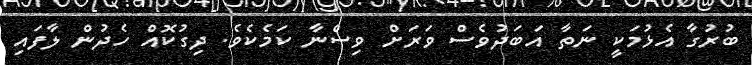
ބުރުގާ އެޅުމަކީ ނަތާ އަބަދުވެސް ވަރަށް ވިސްނާ ކަމެކެވެ. ދިގުކޮއް ހެދުން ލާފައި